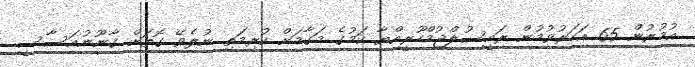
އުމުރުން 65 އަހަރުވުމުން ރައީސުލްޖުމްހޫރީއްޔާ ކަމުގެ މަގާމަށް ކުރިމަތި ނުލެވޭ ގޮތަށް ގާނޫނުއަސާސީ